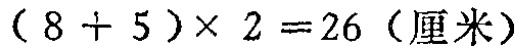
\((8 + 5)\times 2 = 26\)（厘米）